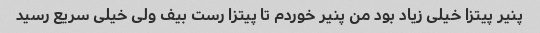
پنیر پیتزا خیلی زیاد بود من پنیر خوردم تا پیتزا رست بیف ولی خیلی سریع رسید